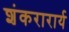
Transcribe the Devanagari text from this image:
शंकरारार्य